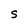
Character: S